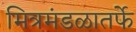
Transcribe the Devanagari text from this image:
मित्रमंडळातर्फे